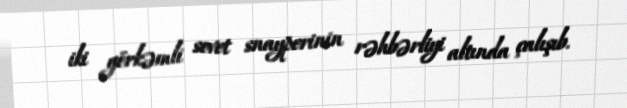
iki görkəmli sovet snayperinin rəhbərliyi altında çalışıb.